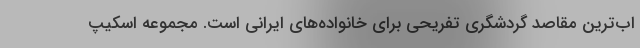
اب‌ترین مقاصد گردشگری تفریحی برای خانواده‌های ایرانی است. مجموعه اسکیپ